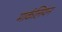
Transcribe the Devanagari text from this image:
मार्कलियन